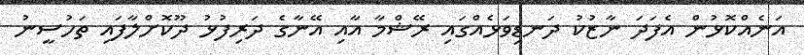
އަނެއްކޮޅުން އެފަދަ ނާޒުކު ދަނޑިވަޅެއްގައި ރޭޝްމާ އާއި އޭނާގެ ދަރިފުޅު ދޫކޮށްލާފައި ތަހުސީނު